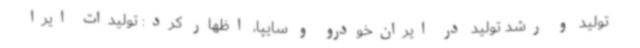
تولید و رشد تولید در ایران‌خودرو و سایپا، اظهار کرد: تولیدات ایرا